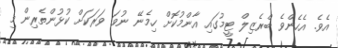
އެވެ. އެހެންވެ ބްރެޒިލް ޓީމުގައި އާންމުކޮށް ހިމެނޭ ނުވަ ވަރަކަށް ކުޅުންތެރިން މި